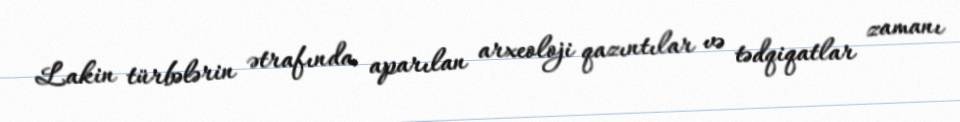
Lakin türbələrin ətrafında aparılan arxeoloji qazıntılar və tədqiqatlar zamanı